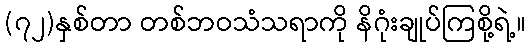
(၇၂)နှစ်တာ တစ်ဘဝသံသရာကို နိဂုံးချုပ်ကြစို့ရဲ့။